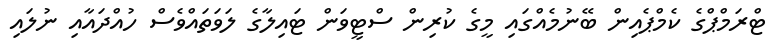
ޓްރަމްޕްގެ ކެމްޕެއިން ބޭނުމެއްގައި މީގެ ކުރިން ސްޓީވަން ޓައިލާގެ ލަވަތައްވެސް ހުއްދައާއި ނުލައި